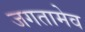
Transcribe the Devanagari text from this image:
जगतामेव